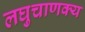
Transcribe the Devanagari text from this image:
लघुचाणक्य